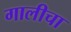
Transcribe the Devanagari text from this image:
गालीचा